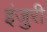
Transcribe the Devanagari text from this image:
इंजुरी